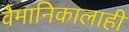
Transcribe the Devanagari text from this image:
वैमानिकालाही